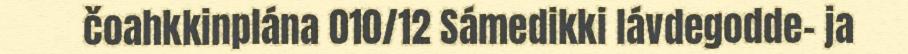
čoahkkinplána 010/12 Sámedikki lávdegodde- ja